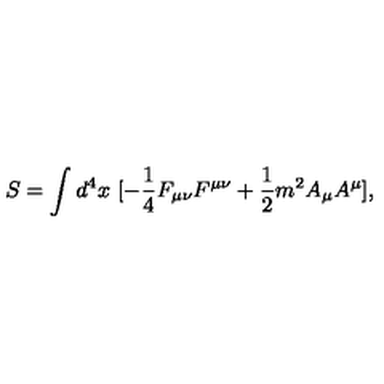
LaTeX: S = \int d ^ { 4 } x \ [ - \frac { 1 } { 4 } F _ { \mu \nu } F ^ { \mu \nu } + \frac { 1 } { 2 } m ^ { 2 } A _ { \mu } A ^ { \mu } ] ,